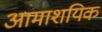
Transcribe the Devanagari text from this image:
आमाशयिक